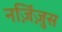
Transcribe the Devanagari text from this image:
नज़िंज़ुस